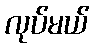
လုပ်မယ်